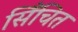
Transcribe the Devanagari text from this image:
सिँचित